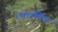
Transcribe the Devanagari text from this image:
एकवर्णिक